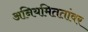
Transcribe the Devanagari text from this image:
अनियमिततांवर